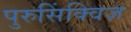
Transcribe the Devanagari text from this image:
पुरुसिंक्विज़